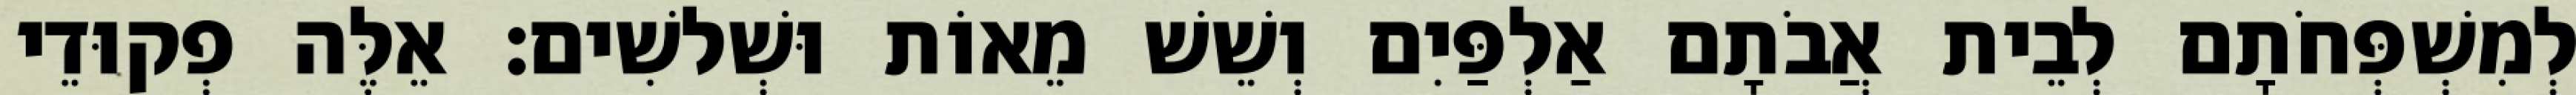
לְמִשְׁפְּחֹתָם לְבֵית אֲבֹתָם אַלְפַּיִם וְשֵׁשׁ מֵאוֹת וּשְׁלשִׁים׃ אֵלֶּה פְקוּדֵי